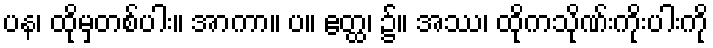
ပန၊ ထိုမှတစ်ပါး။ အာကာ။ ပ။ ဧတ္ထ၊ ၌။ အဿ၊ ထိုကသိုဏ်းကိုးပါးကို